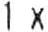
1 X